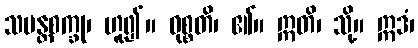
သမန္တစက္ခု၊ ဟူ၍။ ဝုစ္စတိ၊ ၏။ ဣတိ၊ သို့။ ဣဒံ၊